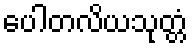
ပေါတလိယသုတ္တံ